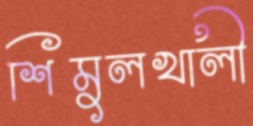
শিমুলখালী